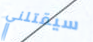
سيقتلني